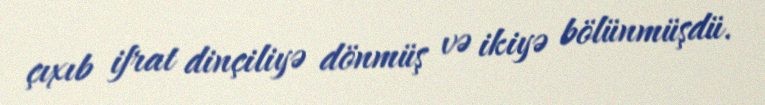
çıxıb ifrat dinçiliyə dönmüş və ikiyə bölünmüşdü.